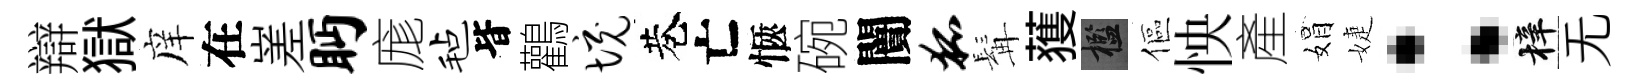
辯獄庠在嵳眄庬毡𣅜鸛境巷亡愜碗闠狐髯𫉬檻傴怏產娟婕：梓无